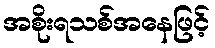
အစိုးရသစ်အနေဖြင့်